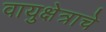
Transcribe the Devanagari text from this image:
वायुक्षेत्राचे